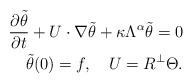
\begin{align*}\frac{\partial\tilde\theta}{\partial t}+U\cdot\nabla \tilde\theta+\kappa\Lambda^\alpha\tilde\theta =0\\\tilde\theta(0)=f, \ \ \ U=R^\perp\Theta.\end{align*}